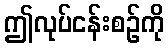
ဤလုပ်ငန်းစဉ်ကို